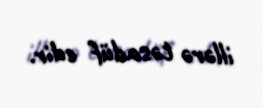
illərə təsadüf edir.